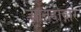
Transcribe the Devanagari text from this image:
आनंदोद्गार